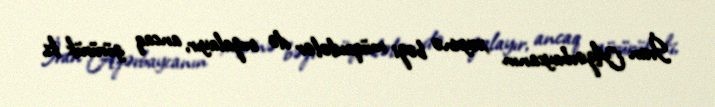
İran Azərbaycanın xeyrinə bəzi müqavilələr də imzalayır, ancaq görürük ki,